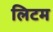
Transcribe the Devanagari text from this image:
लिटम